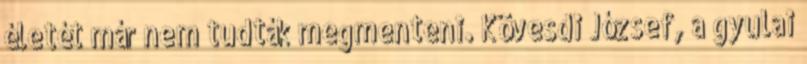
életét már nem tudták megmenteni. Kövesdi József, a gyulai